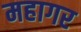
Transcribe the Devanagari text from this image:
महागर